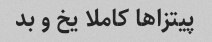
پیتزا‌ها کاملا یخ و بد